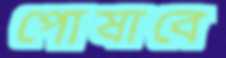
পোষাবে